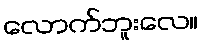
လောက်ဘူးလေ။